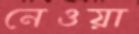
নেওয়া